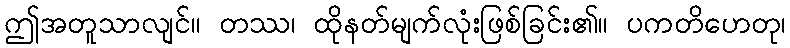
ဤအတူသာလျင်။ တဿ၊ ထိုနတ်မျက်လုံးဖြစ်ခြင်း၏။ ပကတိဟေတု၊